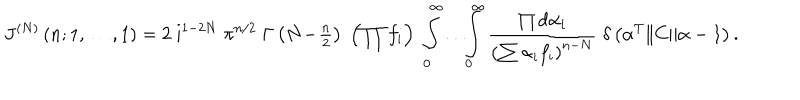
LaTeX: J ^ { ( N ) } \left( n ; 1 , \ldots , 1 \right) = 2 \; \mathrm { i } ^ { 1 - 2 N } \; \pi ^ { n / 2 } \; \Gamma \left( N \! - \! { \textstyle { \frac { n } { 2 } } } \right) \; \left( \prod f _ { i } \right) \; \int _ { 0 } ^ { \infty } \! \ldots \! \int _ { 0 } ^ { \infty } \frac { \prod \mathrm { d } \alpha _ { i } } { \left( \sum \alpha _ { i } f _ { i } \right) ^ { n - N } } \; \delta \left( \alpha ^ { T } \| C \| \alpha - 1 \right) .